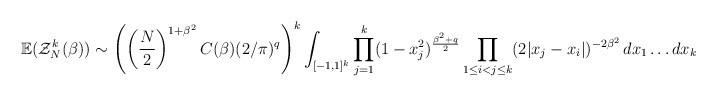
\begin{align*}\mathbb{E}(\mathcal{Z}^{k}_{N}(\beta)) \sim \left(\left(\frac{N}{2}\right)^{1+\beta^{2}}C(\beta)(2/\pi)^{q}\right)^{k} \int_{[-1,1]^{k}}\prod_{j=1}^{k}(1-x_{j}^{2})^{\frac{\beta^{2}+q}{2}}\prod_{1 \leq i < j \leq k}(2|x_{j}-x_{i}|)^{-2\beta^{2}}\,dx_{1}\ldots dx_{k}\end{align*}